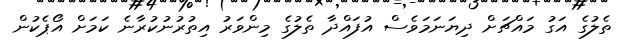
ތެލުގެ އަގު މައްޗަށް ދިޔަނަމަވެސް އުފައްދާ ތެލުގެ މިންވަރު އިތުރުނުކުރާނެ ކަމަށް އޯޕެކުން